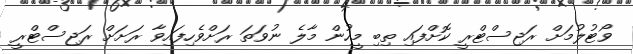
ވޯޓުލުމަށް ރަޖިސްޓްރީ ކޮށްފައި ތިބި މީހުން މާލެ ނުވަތަ ރަށްވެހިފައިވާ ރަށަށް ރަޖިސްޓްރީ